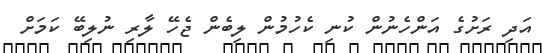
އަދި ރަށުގެ އަންހެނުން ކުނި ކެހުމުން ލިބެން ޖެހޭ ލާރި ނުލިބޭ ކަމަށް